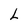
Character: L